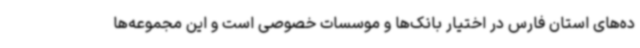
ده‌های استان فارس در اختیار بانک‌ها و موسسات خصوصی است و این مجموعه‌ها